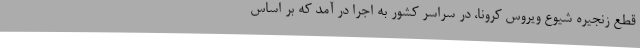
قطع زنجیره شیوع ویروس کرونا، در سراسر کشور به اجرا در آمد که بر اساس